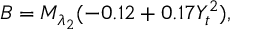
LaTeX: B = M _ { \lambda _ { 2 } } ( - 0 . 1 2 + 0 . 1 7 Y _ { t } ^ { 2 } ) ,